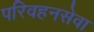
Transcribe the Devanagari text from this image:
परिवहनसेवा